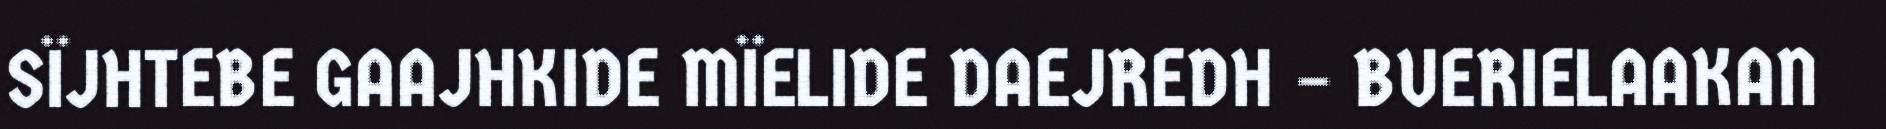
SÏJHTEBE GAAJHKIDE MÏELIDE DAEJREDH – BUERIELAAKAN